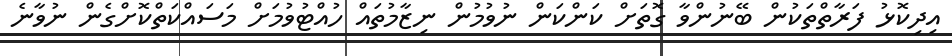
އިދިކޮޅު ފަރާތްތަކުން ބޭނުންވާ ގޮތަށް ކަންކަން ނުވުމުން ނިޒާމުތައް ހުއްޓުވުމަށް މަސައްކަތްކޮށްގެން ނުވާނެ